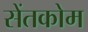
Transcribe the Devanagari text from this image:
सेंतकोम